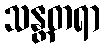
သန္တတရာ